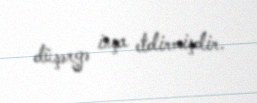
düşərgə inşa etdirmişdir.